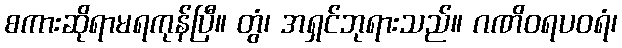
စကားဆိုရာမရကုန်ပြီ။ တွံ၊ အရှင်ဘုရားသည်။ ဂဏိဝရပဝရံ၊